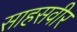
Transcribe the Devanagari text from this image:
साहसवीर